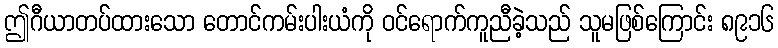
ဤဂီယာတပ်ထားသော တောင်ကမ်းပါးယံကို ဝင်ရောက်ကူညီခဲ့သည် သူမဖြစ်ကြောင်း ၈၉၁၆